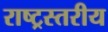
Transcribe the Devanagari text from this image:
राष्ट्रस्तरीय